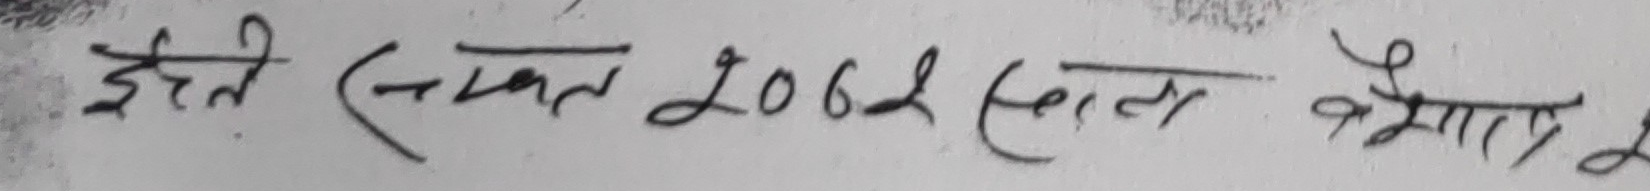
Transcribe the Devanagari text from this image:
इति (संवत) २०६२ साल वैशाख २